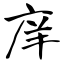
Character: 庠